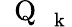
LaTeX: \mathrm{~\mathbf~Q~}_{\mathrm{~\mathbf~k~}}